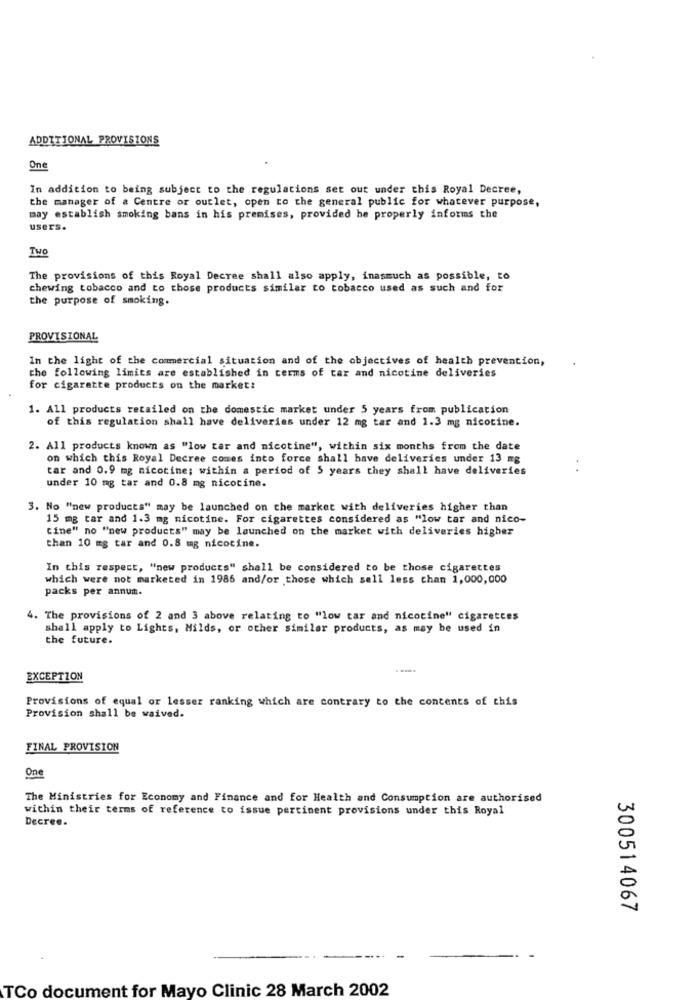
ADDITIONAL PROVISIONS
One
In addition to being subject to the regulations set out under this Royal Decree,
the manager of a Centre or outlet, open to the general public for whatever purpose,
may establish smoking bans in his premises, provided he properly informs the
users.
Two
The provisions of this Royal Decree shall also apply, inasmuch as possible, to
chewing tobacco and to those products similar to tobacco used as such and for
the purpose of smoking.
PROVISIONAL
In the light of the commercial situation and of the objectives of health prevention,
the following limits are established in terms of car and nicotine deliveries
for cigarette products on the market:
1. All products retailed on the domestic market under 5 years from publication
of this regulation shall have deliveries under 12 mg tar and 1.3 mg nicotine.
2. All products known as "low tar and nicotine", within six months from the date
on which this Royal Decree comes into force shall have deliveries under 13 mg
tar and 0.9 mg nicotine; within a period of 5 years they shall have deliveries
under 10 mg tar and 0.8 mg nicotine.
3. No "new products" may be launched on the market with deliveries higher than
15 mg tar and 1.3 mg nicotine. For cigarettes considered as "low tar and nico-
cine" no "new products" may be launched on the market with deliveries higher
than 10 mg tar and 0.8 mg nicotine.
In this respect, "new products" shall be considered to be those cigarettes
which were not marketed in 1986 and/or those which sell less than 1,000,000
packs per annum.
4. The provisions of 2 and 3 above relating to "low tar and nicotine" cigarettes
shall apply to Lights, Milds, or other similar products, as may be used in
the future.
.--.
EXCEPTION
Provisions of equal or lesser ranking which are contrary to the contents of this
Provision shall be waived.
FINAL PROVISION
One
The Ministries for Economy and Finance and for Health and Consumption are authorised
within their terms of reference to issue pertinent provisions under this Royal
Decree.
300514067
TCo document for Mayo Clinic 28 March 2002